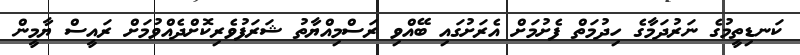
ކަނޑިތީމުގެ ނަރުދަމާގެ ހިދުމަތް ފެށުމަށް އެރަށުގައި ބޭއްވި ރަސްމިއްޔާތު ޝަރަފުވެރިކޮށްދެއްވުމަށް ރައީސް ޔާމީން